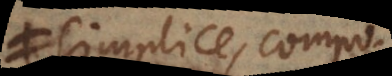
simplice com